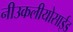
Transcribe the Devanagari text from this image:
नीउकलीयोसाईड